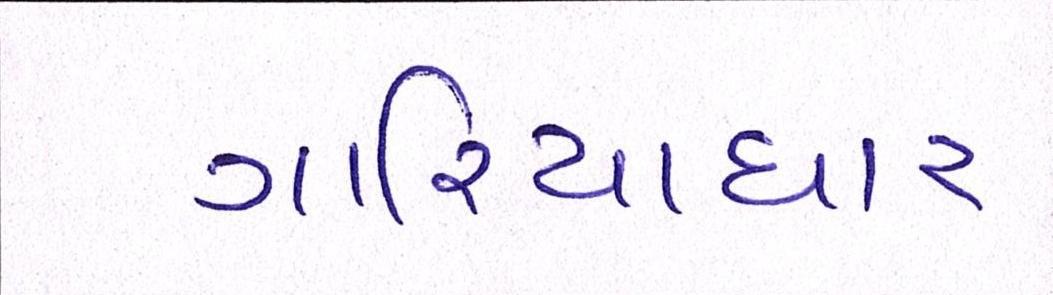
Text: ગારિયાધાર